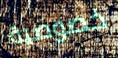
خصوصية